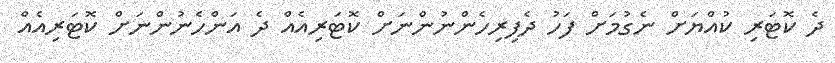
ދެ ކޮޓަރި ކުއްޔަށް ނެގުމަށް ފަހު ދެފިރިހެންނުންނަށް ކޮޓަރިއެއް ދެ އަންހެނުންނަށް ކޮޓަރިއެއް